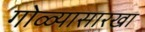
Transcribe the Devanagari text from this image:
गोळ्यासारखा